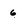
Character: 6